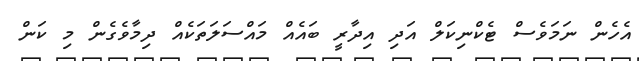
އެހެން ނަމަވެސް ޓެކްނިކަލް އަދި އިދާރީ ބައެއް މައްސަލަތަކެއް ދިމާވެގެން މި ކަން